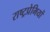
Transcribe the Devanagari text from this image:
राष्ट्रप्रेमियों